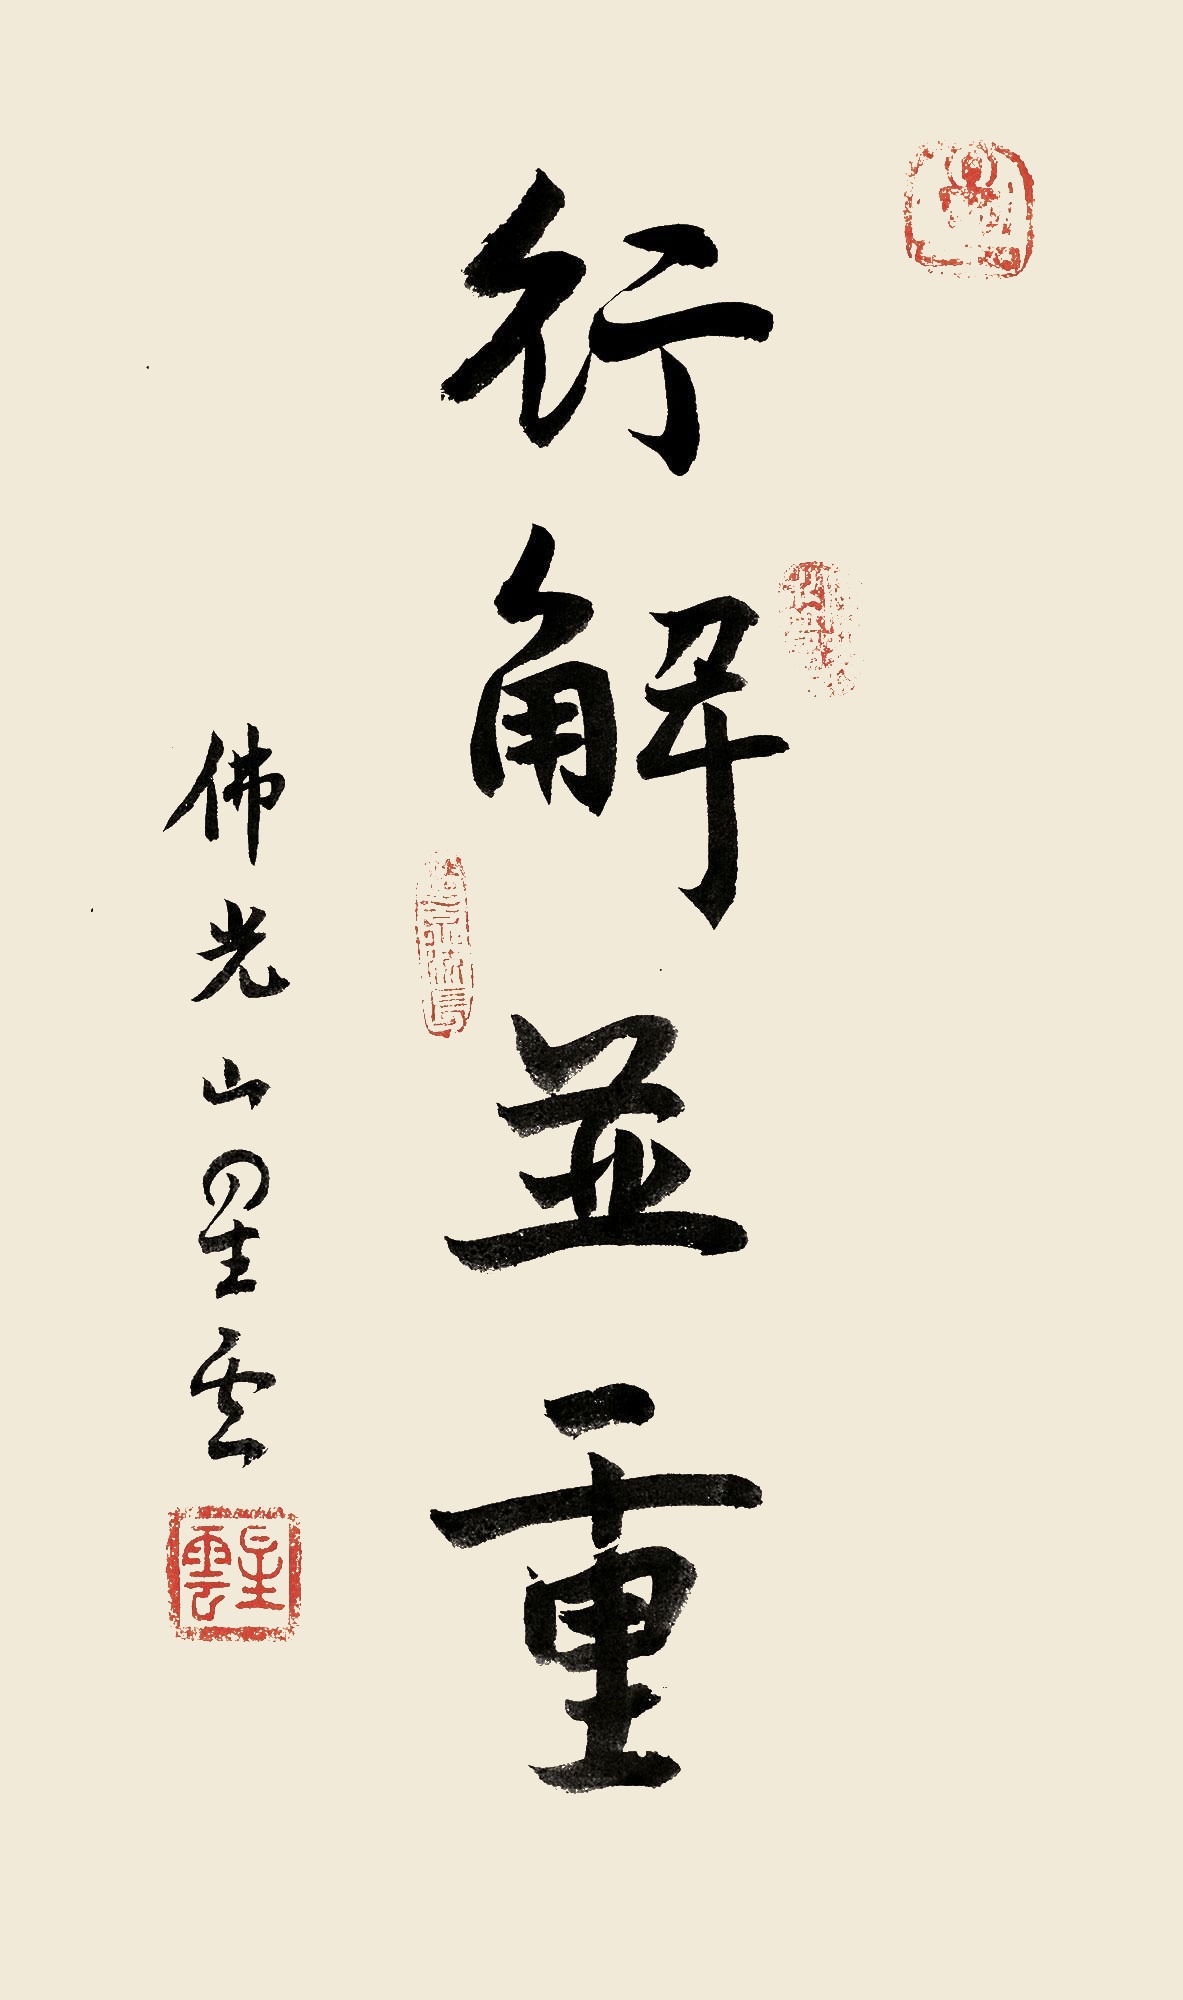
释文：行解并重。佛光山星云。